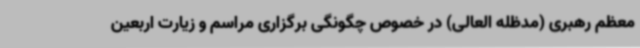
معظم رهبری (مدظله العالی) در خصوص چگونگی برگزاری مراسم و زیارت اربعین